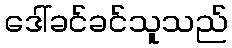
ဒေါ်ခင်ခင်သူသည်